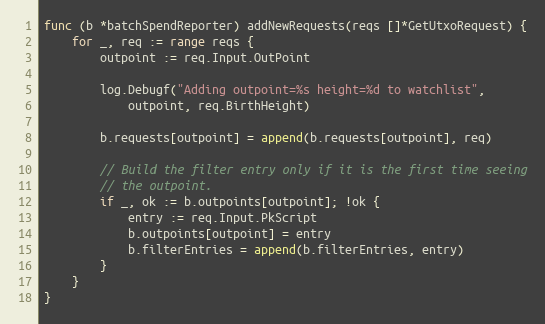
Language: Go
func (b *batchSpendReporter) addNewRequests(reqs []*GetUtxoRequest) {
	for _, req := range reqs {
		outpoint := req.Input.OutPoint

		log.Debugf("Adding outpoint=%s height=%d to watchlist",
			outpoint, req.BirthHeight)

		b.requests[outpoint] = append(b.requests[outpoint], req)

		// Build the filter entry only if it is the first time seeing
		// the outpoint.
		if _, ok := b.outpoints[outpoint]; !ok {
			entry := req.Input.PkScript
			b.outpoints[outpoint] = entry
			b.filterEntries = append(b.filterEntries, entry)
		}
	}
}